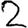
Digit: 2